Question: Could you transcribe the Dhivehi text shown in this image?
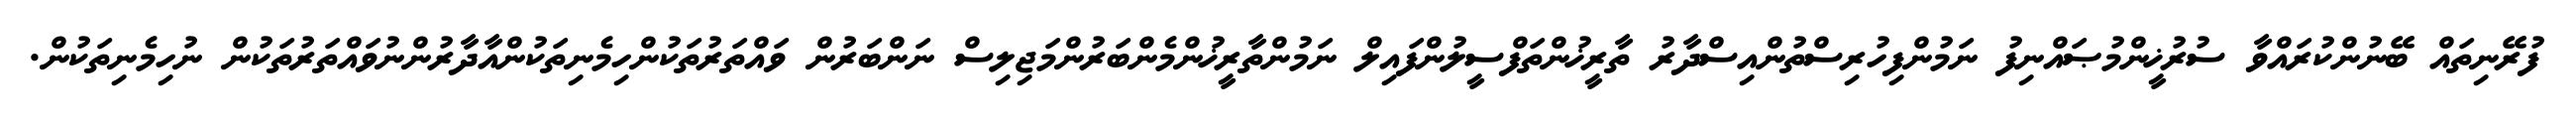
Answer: ފުރޭނިތައް ބޭނުންކުރައްވާ ސުރުޚީންމުޞައްނިފު ނަމުންފިހުރިސްތުންއިސްދާރު ތާރީޚުންތަފްސީލުންފައިލް ނަމުންތާރީޚުންމެންބަރުންމަޖިލިސް ނަންބަރުން ވައްތަރުތަކުންހިމެނިތަކުންއާދާރުންނުވައްތަރުތަކުން ނުހިމެނިތަކުން.